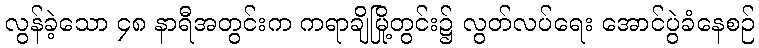
လွန်ခဲ့သော ၄၈ နာရီအတွင်းက ကရာချိမြို့တွင်း၌ လွတ်လပ်ရေး အောင်ပွဲခံနေစဉ်